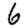
Digit: 6